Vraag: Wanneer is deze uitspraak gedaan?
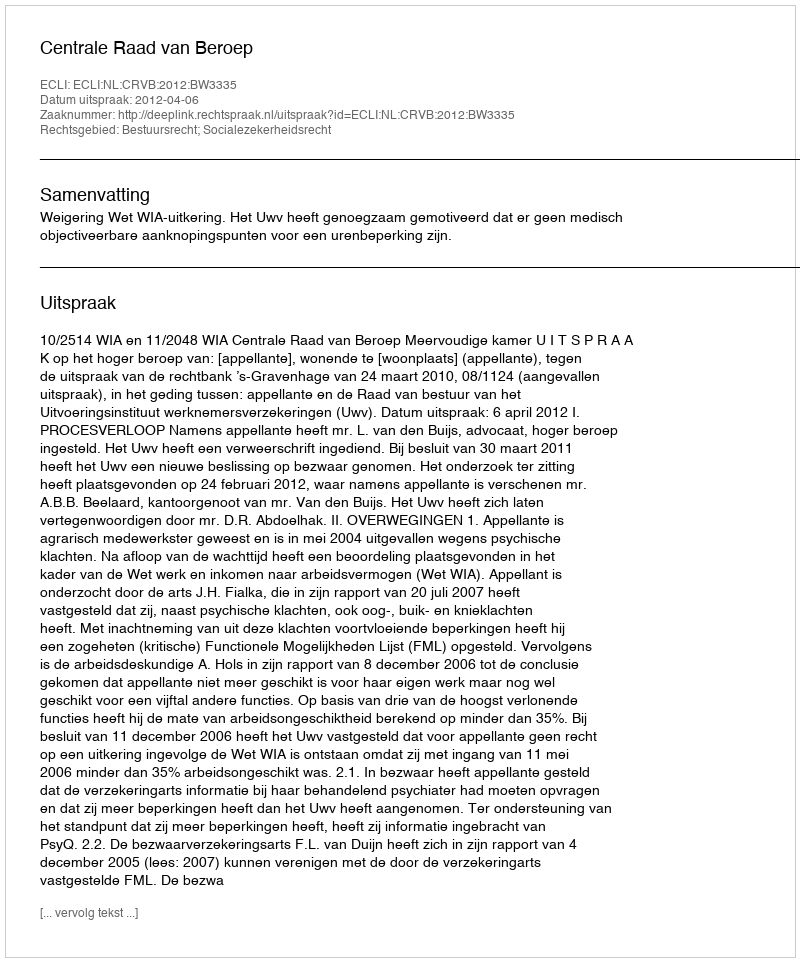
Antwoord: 2012-04-06